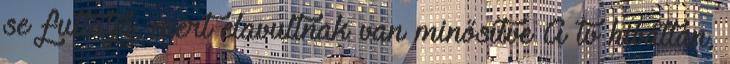
se futtatja, mert elavultnak van minősítve A tv hibátlan,